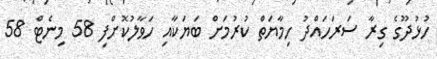
ހުޅުދޫގެ ގިރާ ސަރަހައްދު ހިމާޔަތް ކުރުމަށް ބަޔަކާއި ހަވާލުކޮށްފި 58 މިނެޓް 58